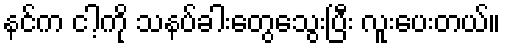
နင်က ငါ့ကို သနပ်ခါးတွေသွေးပြီး လူးပေးတယ်။